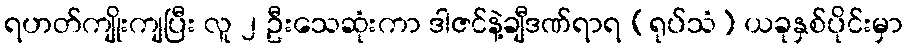
ရဟတ်ကျိုးကျပြီး လူ ၂ ဦးသေဆုံးကာ ဒါဇင်နဲ့ချီဒဏ်ရာရ (ရုပ်သံ) ယခုနှစ်ပိုင်းမှာ